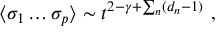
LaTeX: \langle \sigma _ { 1 } \dots \sigma _ { p } \rangle \sim t ^ { 2 - \gamma + \sum _ { n } ( d _ { n } - 1 ) } \ ,